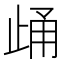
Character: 𪴷